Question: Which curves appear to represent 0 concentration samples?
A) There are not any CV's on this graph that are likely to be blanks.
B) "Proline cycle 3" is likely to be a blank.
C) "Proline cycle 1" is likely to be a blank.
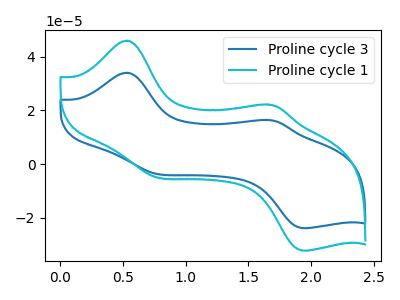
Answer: <think>The blue curve "Proline cycle 3" has anodic peaks at (0.55V, 34.10uA) (1.65V, 16.45uA) and cathodic peaks at (0.75V, -3.35uA) (1.95V, -23.85uA). The cyan curve "Proline cycle 1" has anodic peaks at (0.55V, 46.05uA) (1.65V, 22.20uA) and cathodic peaks at (0.75V, -4.50uA) (1.95V, -32.20uA).</think>
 <answer>A) There are not any CV's on this graph that are likely to be blanks.</answer>
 <eval>A</eval>